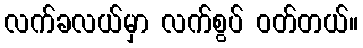
လက်ခလယ်မှာ လက်စွပ် ဝတ်တယ်။